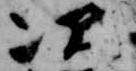
次